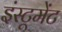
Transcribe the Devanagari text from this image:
इंस्टूमेंट